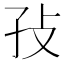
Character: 𰌡